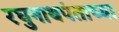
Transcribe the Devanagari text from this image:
रघुनाथपंताच्या